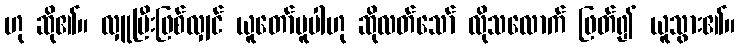
ဟု ဆို၏။ လှူပြီးဖြစ်လျှင် ယူတော်မူပါဟု ဆိုလတ်သော် လိုသလောက် ဖြတ်၍ ယူသွား၏။